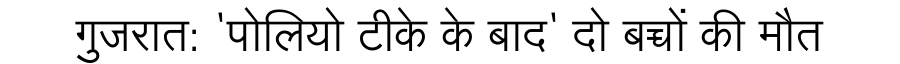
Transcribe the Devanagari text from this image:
गुजरात: 'पोलियो टीके के बाद' दो बच्चों की मौत